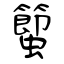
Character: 蠞